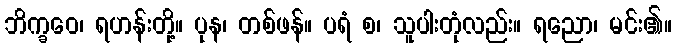
ဘိက္ခဝေ၊ ရဟန်းတို့။ ပုန၊ တစ်ဖန်။ ပရံ စ၊ သူပါးတုံလည်း။ ရညော၊ မင်း၏။